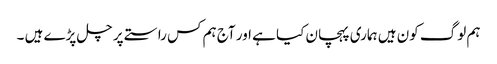
ہم لوگ کون ہیں ہماری پہچان کیا ہے اور آج ہم کس راستے پر چل پڑے ہیں ۔